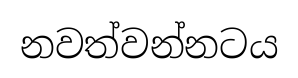
නවත්වන්නටය